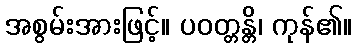
အစွမ်းအားဖြင့်။ ပဝတ္တန္တိ၊ ကုန်၏။